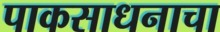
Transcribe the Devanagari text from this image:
पाकसाधनाचा